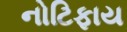
નોટિફાય